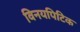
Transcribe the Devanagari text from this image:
विनयपिटिक